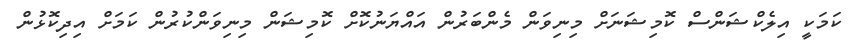
ކަމަކީ އިލެކްޝަންސް ކޮމިޝަނަށް މިނިވަން މެންބަރުން އައްޔަނުކޮށް ކޮމިޝަން މިނިވަންކުރުން ކަމަށް އިދިކޮޅުން